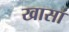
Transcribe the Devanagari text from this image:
खासां